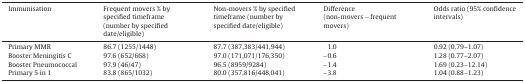
<table><thead><tr><td><b>Immunisation</b></td><td><b>Frequent movers % by specified timeframe (number by specified date/eligible)</b></td><td><b>Non-movers % by specified timeframe (number by specified date/eligible)</b></td><td><b>Difference (non-movers − frequent movers)</b></td><td><b>Odds ratio (95% confidence intervals)</b></td></tr></thead><tbody><tr><td>Primary MMR</td><td>86.7 (1255/1448)</td><td>87.7 (387,383/441,944)</td><td>1.0</td><td>0.92 (0.79–1.07)</td></tr><tr><td>Booster Meningitis C</td><td>97.6 (652/668)</td><td>97.0 (171,071/176,350)</td><td>−0.6</td><td>1.28 (0.77–2.07)</td></tr><tr><td>Booster Pneumococcal</td><td>97.9 (46/47)</td><td>96.5 (8959/9284)</td><td>−1.4</td><td>1.69 (0.23–12.14)</td></tr><tr><td>Primary 5 in 1</td><td>83.8 (865/1032)</td><td>80.0 (357,816/448,041)</td><td>−3.8</td><td>1.04 (0.88–1.23)</td></tr></tbody></table>